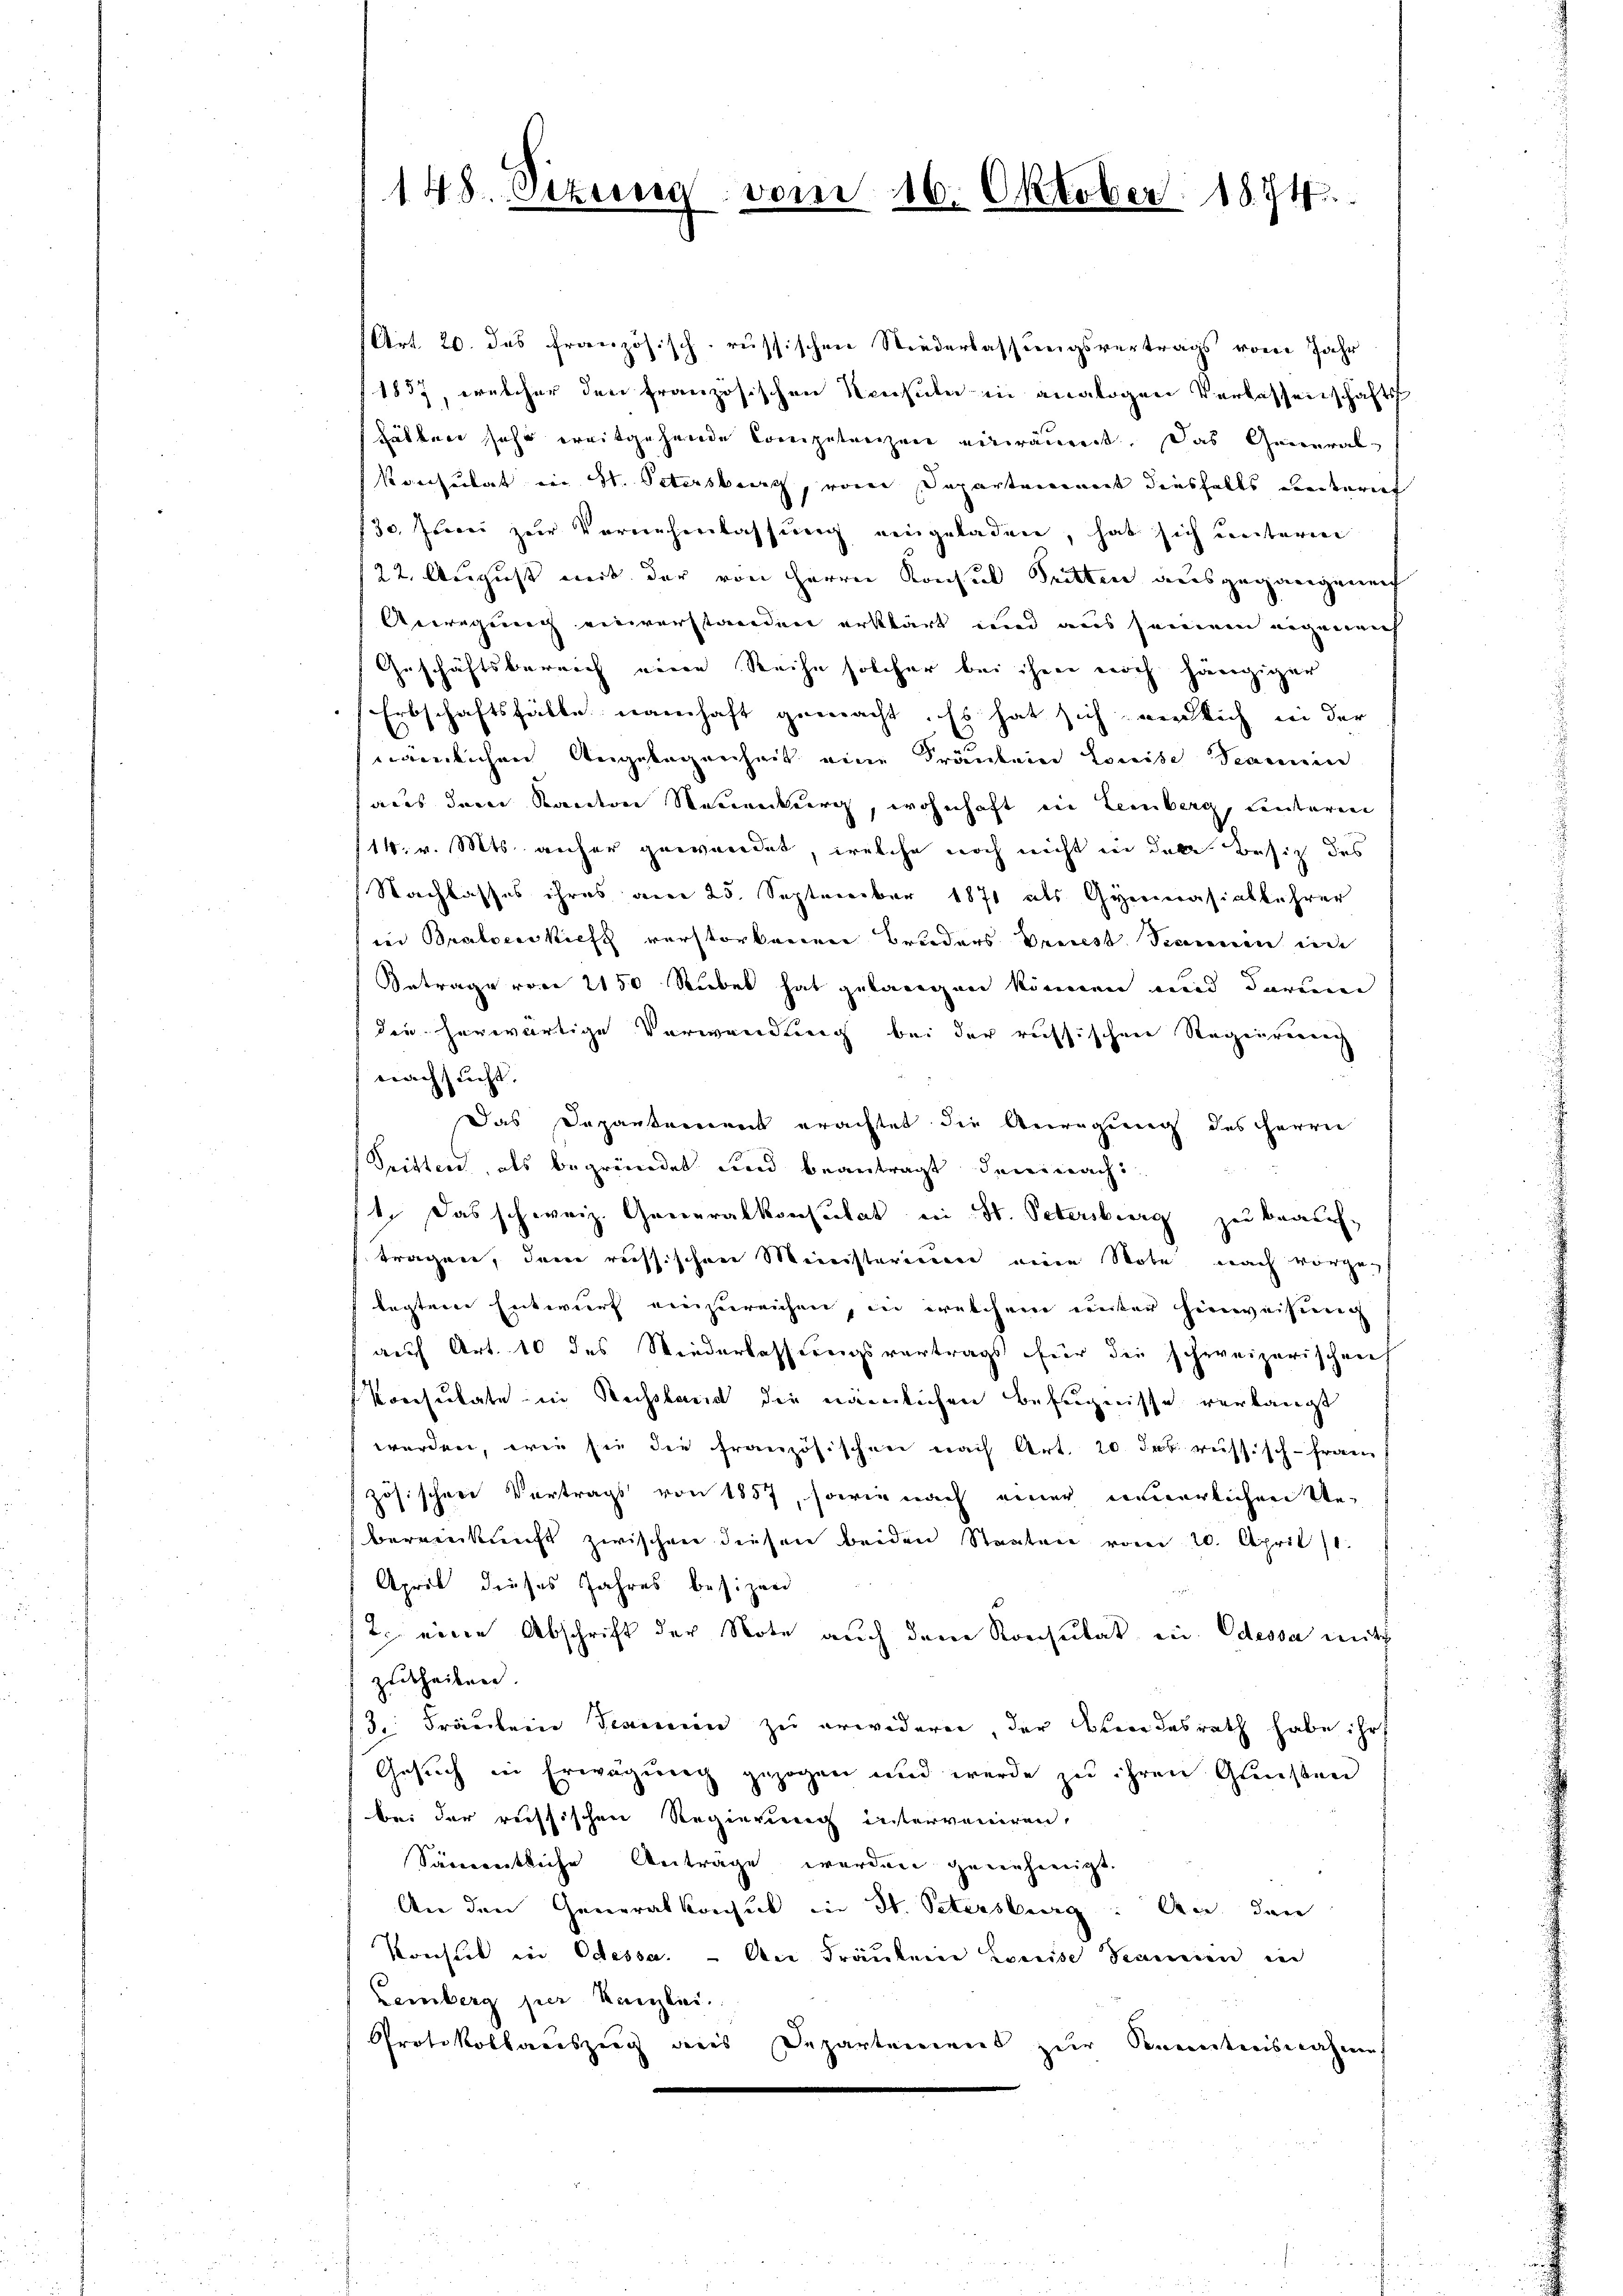
148. Sizung

vom 16. Oktober 1874.

Art. 20. das französisch-russischen Niederlassungsvertrags von Jahr
1857, welcher den französischen Konsuln in analogen Verlassenschafts
Fällen sehr ereitgehende Comipetanzen einräuert. Das General-
Konsulat in St. Petersburg, vom Departement diesfalls unterich
30. Juni zur Vornehmlassung eingeladen, hat sich unterm
/22. August mit der von Herrn Konsul Tritten ausgegangenen
Anregung einverstanden erklärt und aus seinem eigenauf
Geschäftsbereich eine Reihe solcher bei ihme noch hängiger
Erbschaftshälle namhaft gemacht. Es hat sich verlich in der
nämlichen Angelegenheit eine Fräulein Louise Samen
aus dem Kanton Neuenburg, wohnhaft ein Lemberg, unteren
114. v. Mts. anher gewandet, welche noch nicht in dere Besich des
Nachlasses ihres am 25. September 1871 als Gymnasiallehrer
der Bratociskieff verstorbenen Bruders Dreiest Sonnen in
Betrage von 2150 Rubel hat gelangen können und darum
die herwärtige Verwendung bei der russischen Regierung
nachsucht. |
Das Departement erachtet die Anregung des Herrn
Tritten, als begründet und beantragt demnach
1. Das schweiz. Generalkonsulat in St. Petersburg zu beauf-
tragen, dem russischen Ministerium eine Note nach vorzug
legtene Entwurf einzureichen, in welchem unter hinweisung
auf Art. 10 des Wiederlassungsvertrags für die schweizerischen
Konsulatein Russland die nämlichen Befugnisse verlangt
werden, wie sie die französischen nach Art. 20. Jak. russisch-frau
zösischere Vertrags von 1857, sowie nach einer innerlichen Un-
bereinkunft zwischen diesen beiden Staaten vom 20. April 11.
April dieses Jahres besizen
2. eine Abschrift der Note auch dem Konsulat ein Odessa mith
zutheilen.
3. Fräulein Jennen zu erwidern der Kindesrath habe ihr
Gesuch in Erwägung gezogen und werde zu ihren Gleisten
bei der russischen Regierung interveniren,
Samentliche Antrage werden genehmigt.
An den Generalkonsul in St. Petersburg. An den
Kreistik in Odessa. Die Franken Louise Sancien in
Lemberg per Reglei
Protokollariszug aus Departement zur Kenntnisnahme